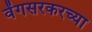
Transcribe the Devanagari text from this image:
वेंगसरकरच्या